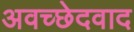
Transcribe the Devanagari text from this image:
अवच्छेदवाद